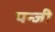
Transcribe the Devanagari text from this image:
पन्जी